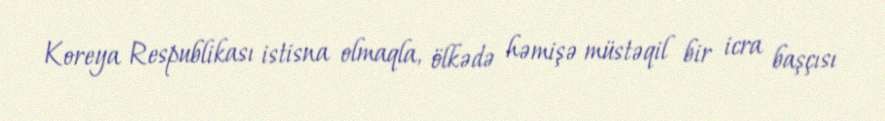
Koreya Respublikası istisna olmaqla, ölkədə həmişə müstəqil bir icra başçısı